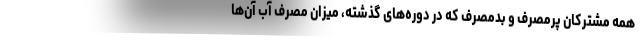
همه مشترکان پرمصرف و بدمصرف که در دوره‌های گذشته، میزان مصرف آب آن‌ها